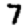
Digit: 7